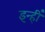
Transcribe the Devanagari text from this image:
इन्हीँ